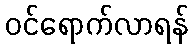
ဝင်ရောက်လာရန်